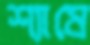
শ্যাষে